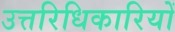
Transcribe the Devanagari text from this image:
उत्तरिधिकारियों